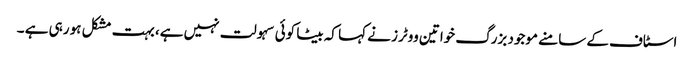
اسٹاف کے سامنے موجود بزرگ خواتین ووٹرز نے کہا کہ بیٹا کوئی سہولت نہیں ہے، بہت مشکل ہو رہی ہے ۔